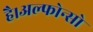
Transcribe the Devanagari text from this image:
है।अल्फोन्सो